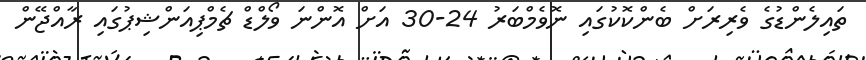
ތައިލެންޑުގެ ވެރިރަށް ބެންކޮކުގައި ނޮވެމްބަރު 24-30 އަށް އޮންނަ ވޯލްޑް ޗެމްޕިއަންޝިޕުގައި ރާއްޖޭން